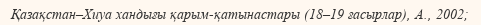
Қазақстан–Хиуа хандығы қарым-қатынастары (18–19 ғасырлар), А., 2002;